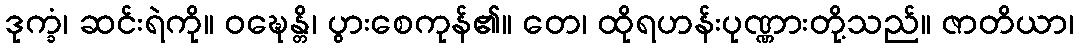
ဒုက္ခံ၊ ဆင်းရဲကို။ ဝဍ္ဎေန္တိ၊ ပွားစေကုန်၏။ တေ၊ ထိုရဟန်းပုဏ္ဏားတို့သည်။ ဇာတိယာ၊